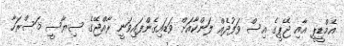
އެމްޑީޕީ އާއި ޖޭޕީގެ އިސް ވަފުދެއް ލަންކާއަށް ވަޑައިގެންފައިވަނީ ރާއްޖޭގެ ސިޔާސީ މަސްރަހާ